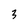
Character: 3